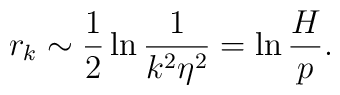
r_{k}\sim \frac{1}{2}\ln \frac{1}{k^{2}\eta ^{2}}=\ln \frac{H}{p}.